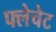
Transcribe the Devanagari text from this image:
फ्लेचेट